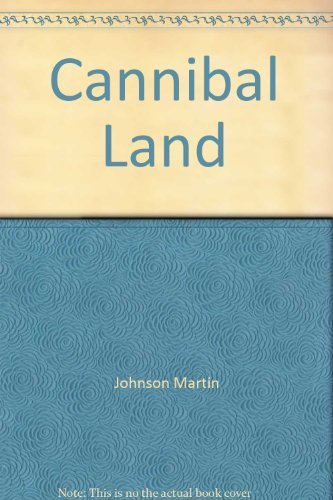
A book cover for Cannibal Land; Johnson Martin; Travel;